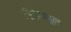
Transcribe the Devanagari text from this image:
गीतेमधून